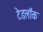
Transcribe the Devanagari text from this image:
टेडलॉक